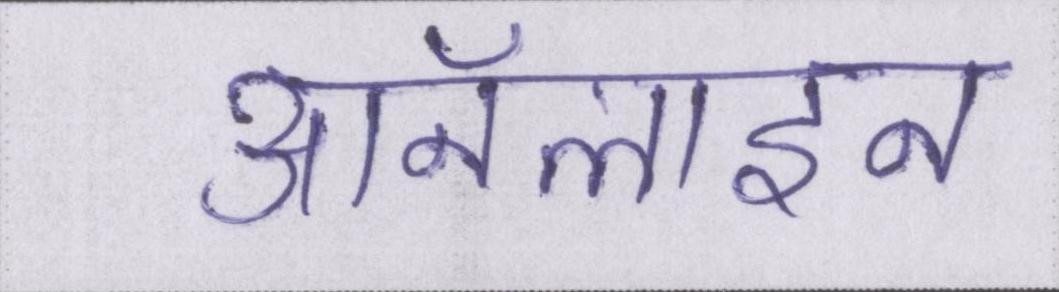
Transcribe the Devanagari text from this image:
ऑनलाइन